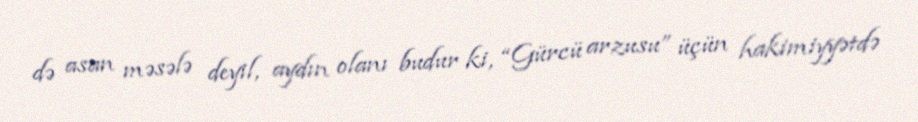
də asan məsələ deyil, aydın olanı budur ki, “Gürcü arzusu” üçün hakimiyyətdə